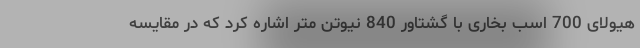
هیولای 700 اسب بخاری با گشتاور 840 نیوتن متر اشاره کرد که در مقایسه